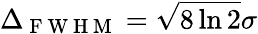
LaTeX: \Delta_{\mathrm{~F~W~H~M~}}=\sqrt{8\ln{2}}\sigma